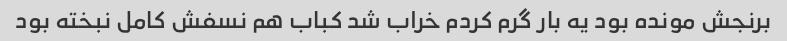
برنجش مونده بود یه بار گرم کردم خراب شد کباب هم نسفش کامل نبخته بود